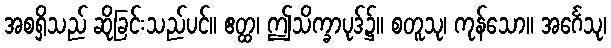
အစရှိသည် ဆိုခြင်းသည်ပင်။ ဧတ္ထ၊ ဤသိက္ခာပုဒ်၌။ စတူသု၊ ကုန်သော။ အင်္ဂေသု၊